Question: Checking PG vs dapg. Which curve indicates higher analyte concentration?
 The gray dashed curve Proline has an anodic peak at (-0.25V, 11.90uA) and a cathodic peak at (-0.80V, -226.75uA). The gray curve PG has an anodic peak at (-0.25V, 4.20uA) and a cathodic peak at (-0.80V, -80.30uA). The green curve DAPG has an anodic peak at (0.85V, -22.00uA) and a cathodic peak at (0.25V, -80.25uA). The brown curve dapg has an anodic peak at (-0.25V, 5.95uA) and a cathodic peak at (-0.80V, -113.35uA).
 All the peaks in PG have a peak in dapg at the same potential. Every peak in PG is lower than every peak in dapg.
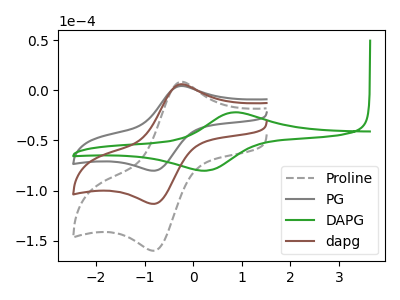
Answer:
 <answer>"PG" has less signal than "dapg" and so likely has a lower concentration.</answer>
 <eval>less_concentration</eval>